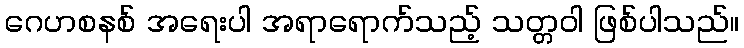
ဂေဟစနစ် အရေးပါ အရာရောက်သည့် သတ္တဝါ ဖြစ်ပါသည်။